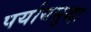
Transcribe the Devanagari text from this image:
पर्यायसुद्धा